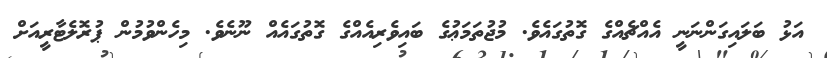
އަޅު ބަލައިގަންނަނީ އެއްޗެއްގެ ގޮތުގައެވެ. މުޖުތަމަޢުގެ ބައިވެރިއެއްގެ ގޮތުގައެއް ނޫނެވެ. މިހެންވުމުން ޕުރޮލެޓާރީއަށް